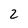
Character: 2